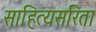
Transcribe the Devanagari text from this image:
साहित्यसरिता